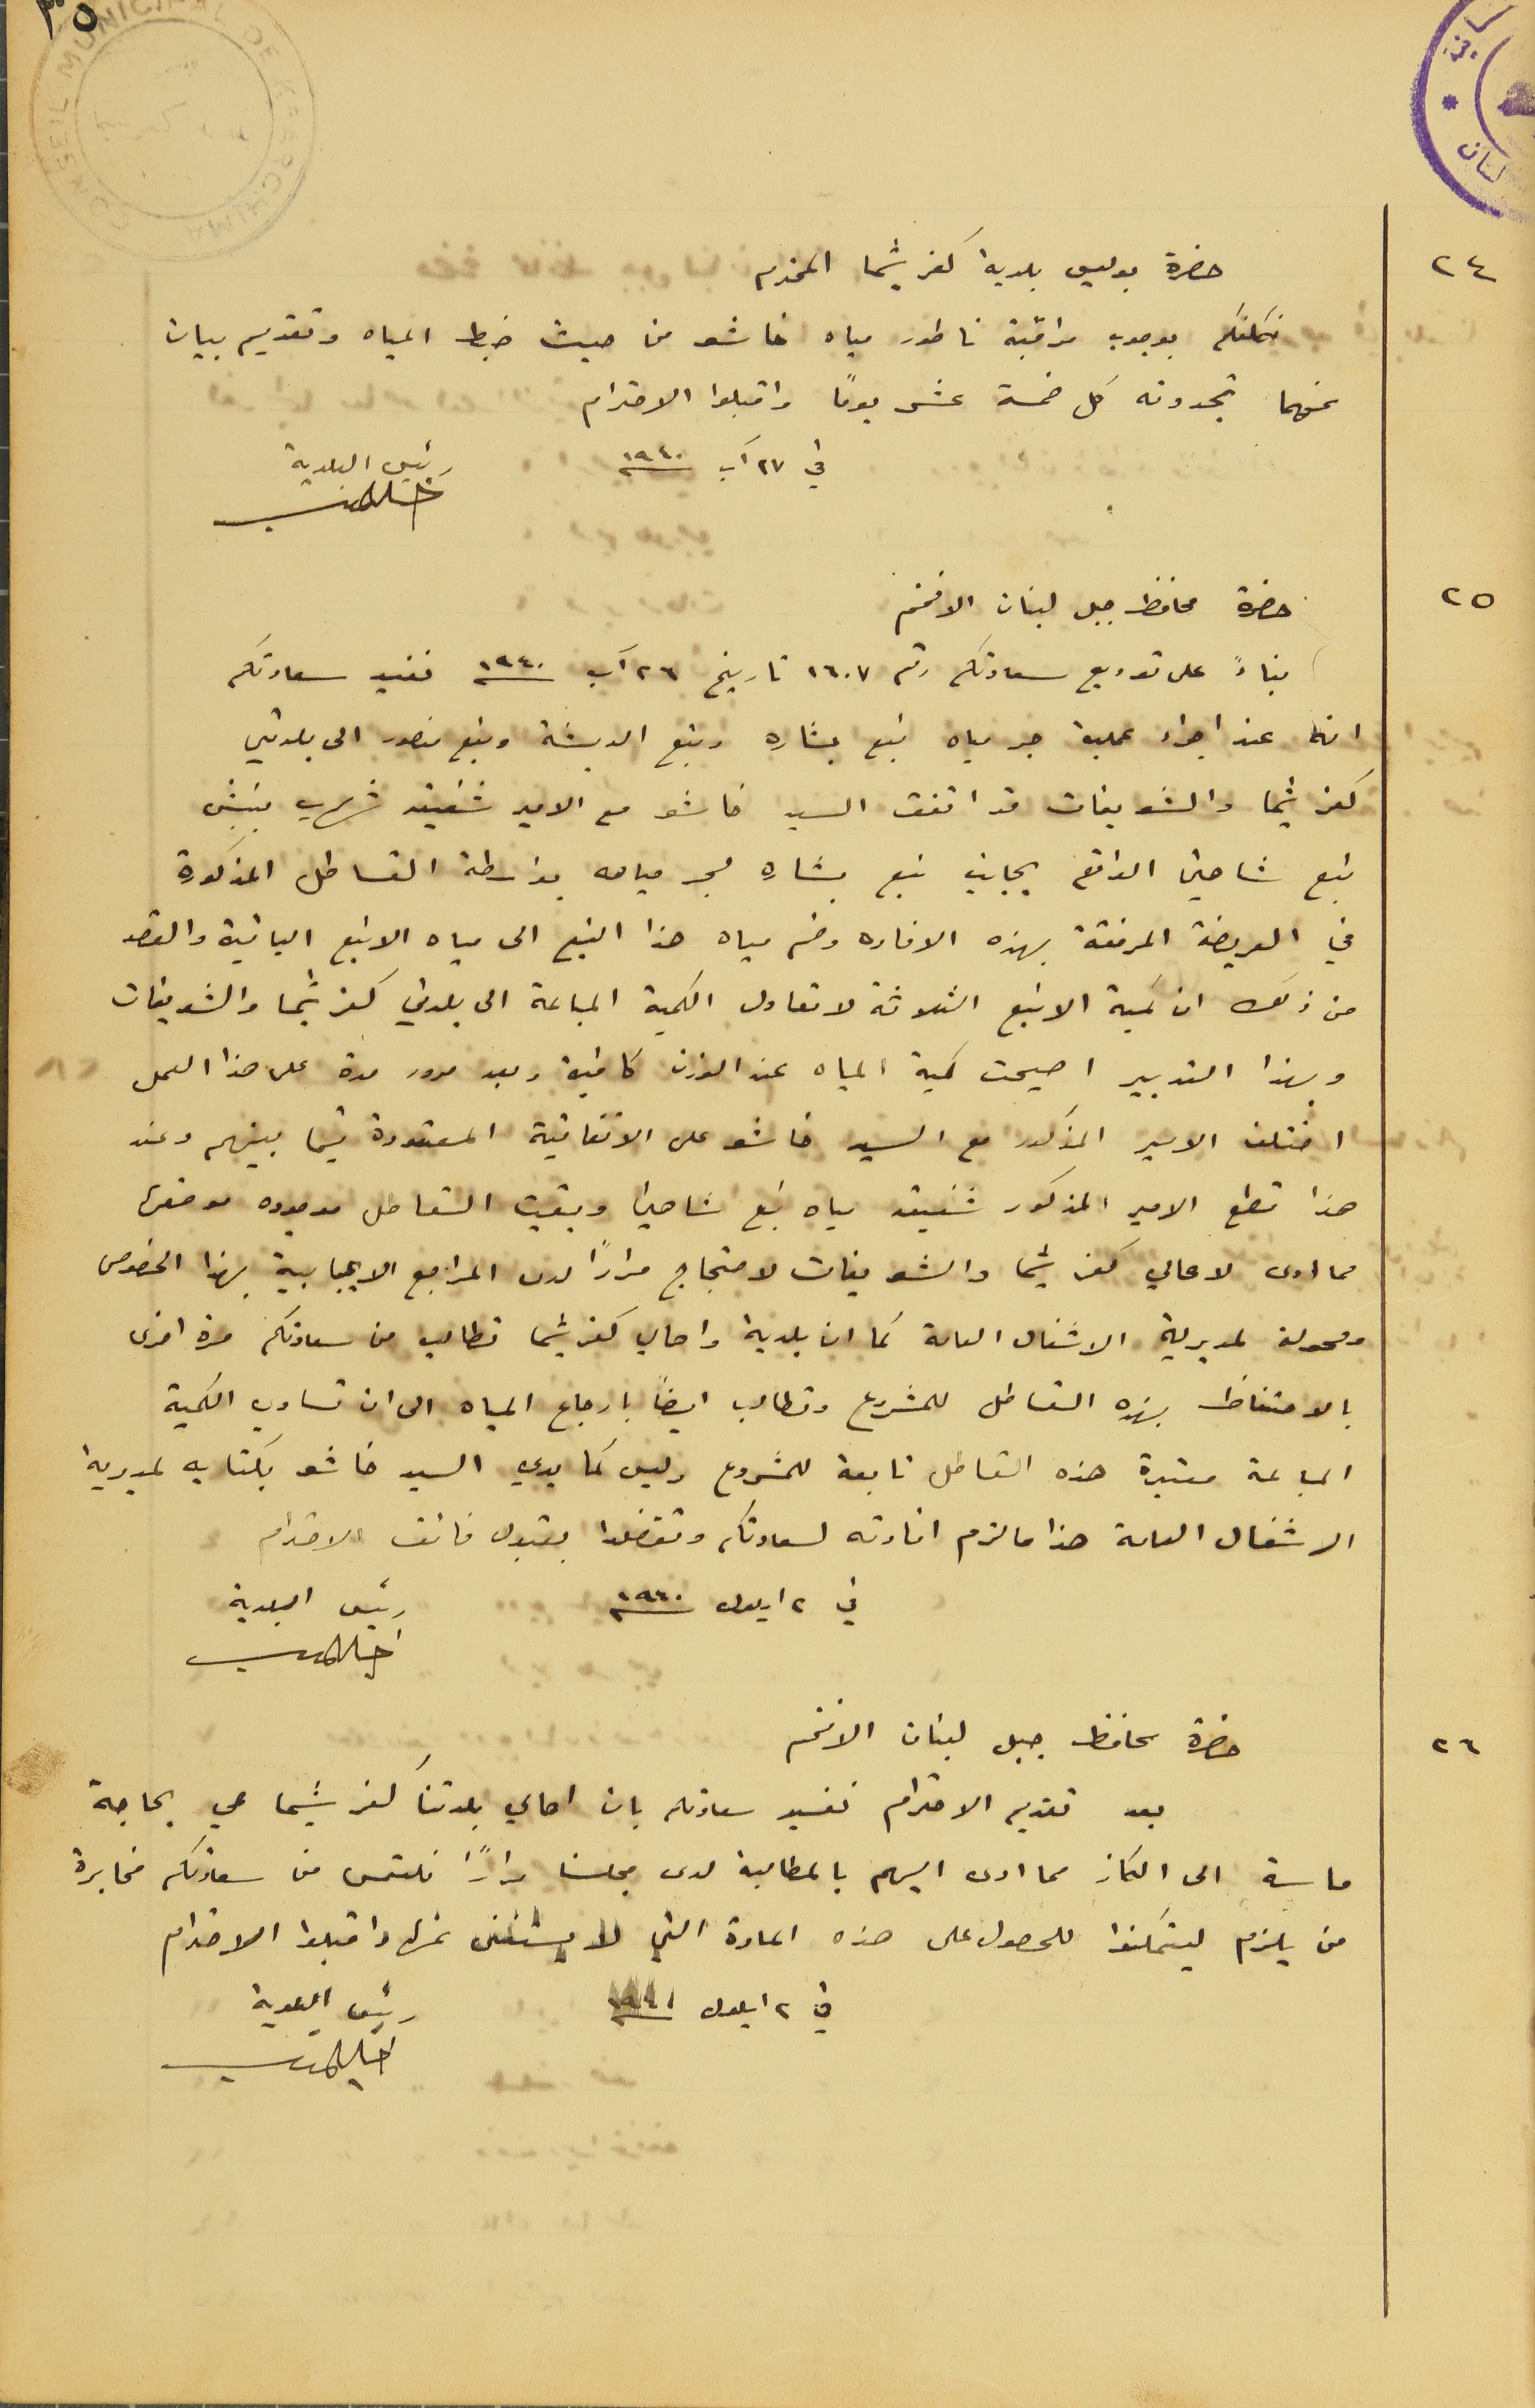
حضرة بوليس بلدية كفرشيما المحترم
نكلفكم بوجوب مراقبة ناطور مياه خاشو من حيث ضبط المياه وتقديم بيان
عنهما تجدونه كل خمسة عشر يوماً واقبلوا الاحترام
 في ٢٧ آب سنه ١٩٤٠
حضرة محافظ جبل لبنان الافخم
بناءً على توريع سعادتكم رقم ١٦٠٧ تاريخ ٢٦ آب سنه ١٩٤٠ نفيد سعادتكم
انه عند اجراء عملية جر مياة نبع بشاره ونبع الدبشة ونبع منصور الى بلدتي
كفرشيما والشويفات قد اتفق السيد خاشو مع الامير شفيق شهاب بنبش
نبع شاهين الواقع بجانب نبع بشاره لجر مياهه بواسطة القساطل المذكورة
في العريضة المرفقة بهذه الافاده وضم مياه هذا النبع الى مياه الانبع الباقية والقصد
من ذلك ان كمية الانبع الثلاثة لا تعادل الكمية المباعة الى بلدتي كفرشيما والشويفات
وبهذا التدبير اصبحت كمية المياه عند الوزن كافية وبعد مرور مدة على هذا العمل
اختلف الامير المذكور مع السيد خاشو على الاتفاقية المعقودة فيما بينهم وعند
هذا قطع الامير المذكور شفيق مياه نبع شاهين وبقيت القساطل موجوده موضعها
 مما ادى لاهالي كفرشيما والشو يفات لاحتجاج مرارًا لدى المراجع الايجابية بهذا الخصوص
ومحولة لمديرية الاشغال العامة كما ان بلدية واهالي كفرشيما تطالب من سعادتكم مرة اخرى
بالاحتفاظ بهذه القساطل للمشروع وتطالب ايضاً بارجاع المياه الى ان تساوي الكمية
المباعة معتبرة هذه القساطل تابعة للمشروع وليس كما يدعي السيد خاشو بكتابه لمديرية
 الاشغال العامة هذا ما لزم افادته لسعادتكم وتفضلوا بقبول فائف الاحترام .
 في ٢ ايلول سنه ١٩٤٠
حضرة محافظ جبل لبنان الافخم
بعد تقديم الاحترام نفيد سعادتكم بان اهالي بلدتنا كفرشيما هي بحاجة
ماسة الى الكاز مما ادى اليهم بالمطالبة لدى مجلسنا مرارًا نلتمس من سعادتكم مخابرة
من يلزم ليتمكنوا للحصول على هذه المادة التي لا يستغنى عنها واقبلوا الاحترام
في 2 ايلول سنه 1940
رئيس البلدية
رئيس البلدية
٢٤
٢٥
٢٦
رئيس البلدية
٢٥